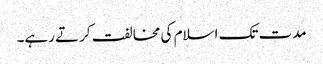
مدت تک اسلام کی مخالفت کرتے رہے۔